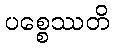
ပစ္စေဿတိ